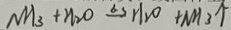
N H _ { 3 } + H _ { 2 } O \xrightarrow { \Delta } H _ { 2 } O + N H _ { 3 } \uparrow